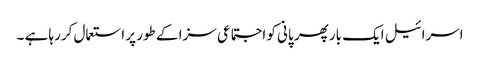
اسرائیل ایک بار پھر پانی کو اجتماعی سزا کے طور پر استعمال کررہا ہے ۔